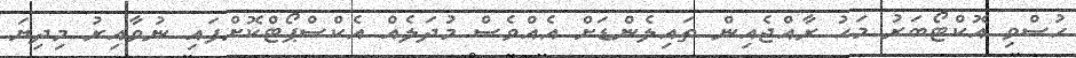
ހުސްވި އޮކްޓޯބަރު މަހު ރާއްޖެއިން ތައިލެންޑަށް އެއްވެސް މުދަލެއް އެކްސްޕޯޓްކޮށްފައި ނުވާއިރު މިދިޔަ